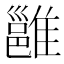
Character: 雝